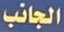
الجانب